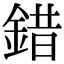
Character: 錯